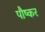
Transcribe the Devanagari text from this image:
पौष्कर